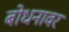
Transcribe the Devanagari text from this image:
बोधनावर